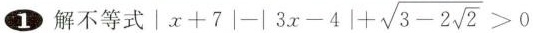
1解不等式|x $$x+7|-|3x-4|+ \sqrt{3-2 \sqrt{2}}>0$$